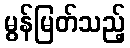
မွန်မြတ်သည့်